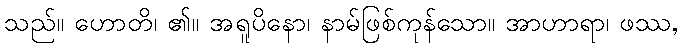
သည်။ ဟောတိ၊ ၏။ အရူပိနော၊ နာမ်ဖြစ်ကုန်သော။ အာဟာရာ၊ ဖဿ,